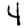
Digit: 4